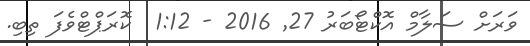
ވަރަށް ސަލާމް އޮކްޓޯބަރު 27